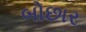
બોછાર